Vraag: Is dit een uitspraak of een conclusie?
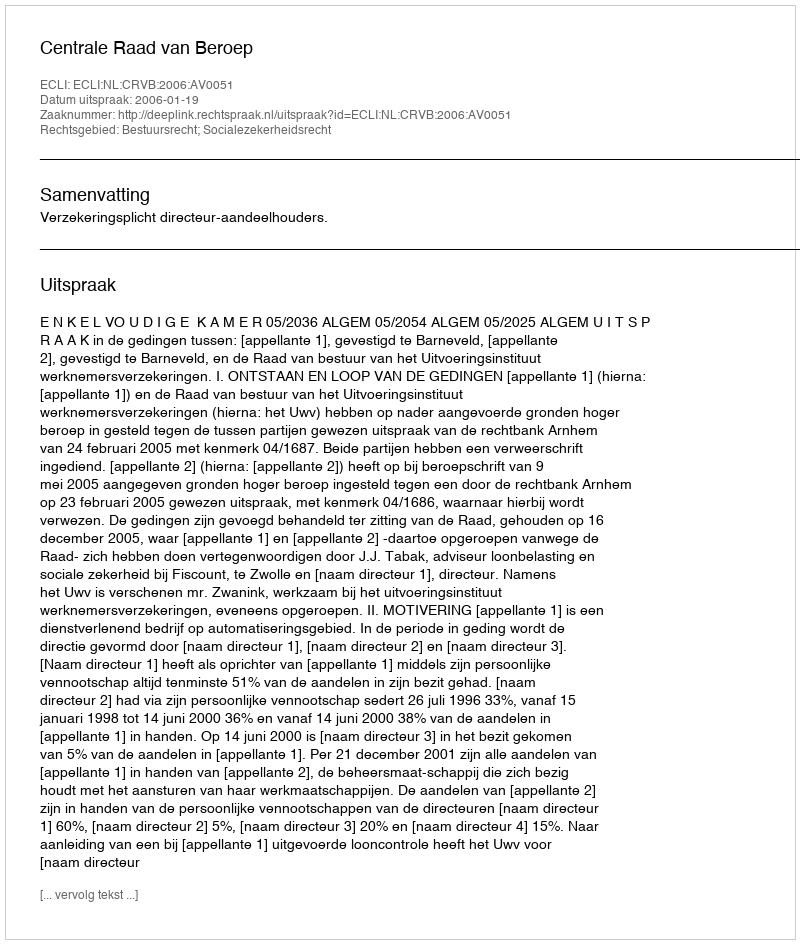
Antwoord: Uitspraak